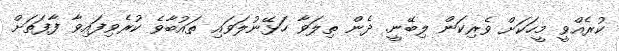
ކުރެއްވީ މީހަކަށް ވެރިކަން ލިބޭނީ. ދެން ތިލަވާ ހަޅޭނުލަވައި ތައުބާވެ ކުރެވިފައިވާ ފާފަތަށް